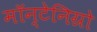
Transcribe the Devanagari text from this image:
मॉन्टेनिग्रो